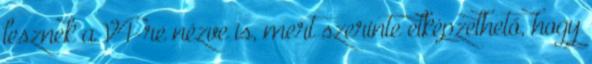
lesznek a V4-re nézve is, mert szerinte elképzelhető, hogy